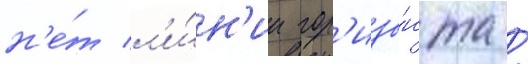
н'е́т л'и́н'ии гор'изо́нта /